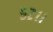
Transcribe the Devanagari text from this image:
५२।।